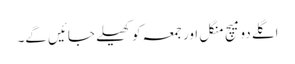
اگلے دو میچ منگل اور جمعہ کو کھیلے جائیں گے۔